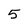
Character: 5